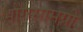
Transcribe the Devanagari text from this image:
भोगसामग्री